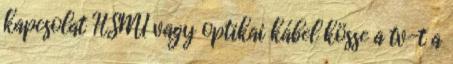
kapcsolat HSMI vagy optikai kábel kösse a tv-t a